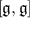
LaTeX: [ { \mathfrak { g } } , { \mathfrak { g } } ]